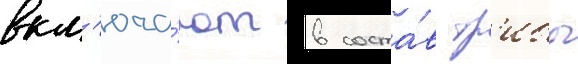
вкл'юча́ют в соста́в тр'ибы